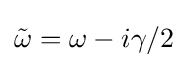
{\tilde {\omega }}=\omega -i\gamma /2